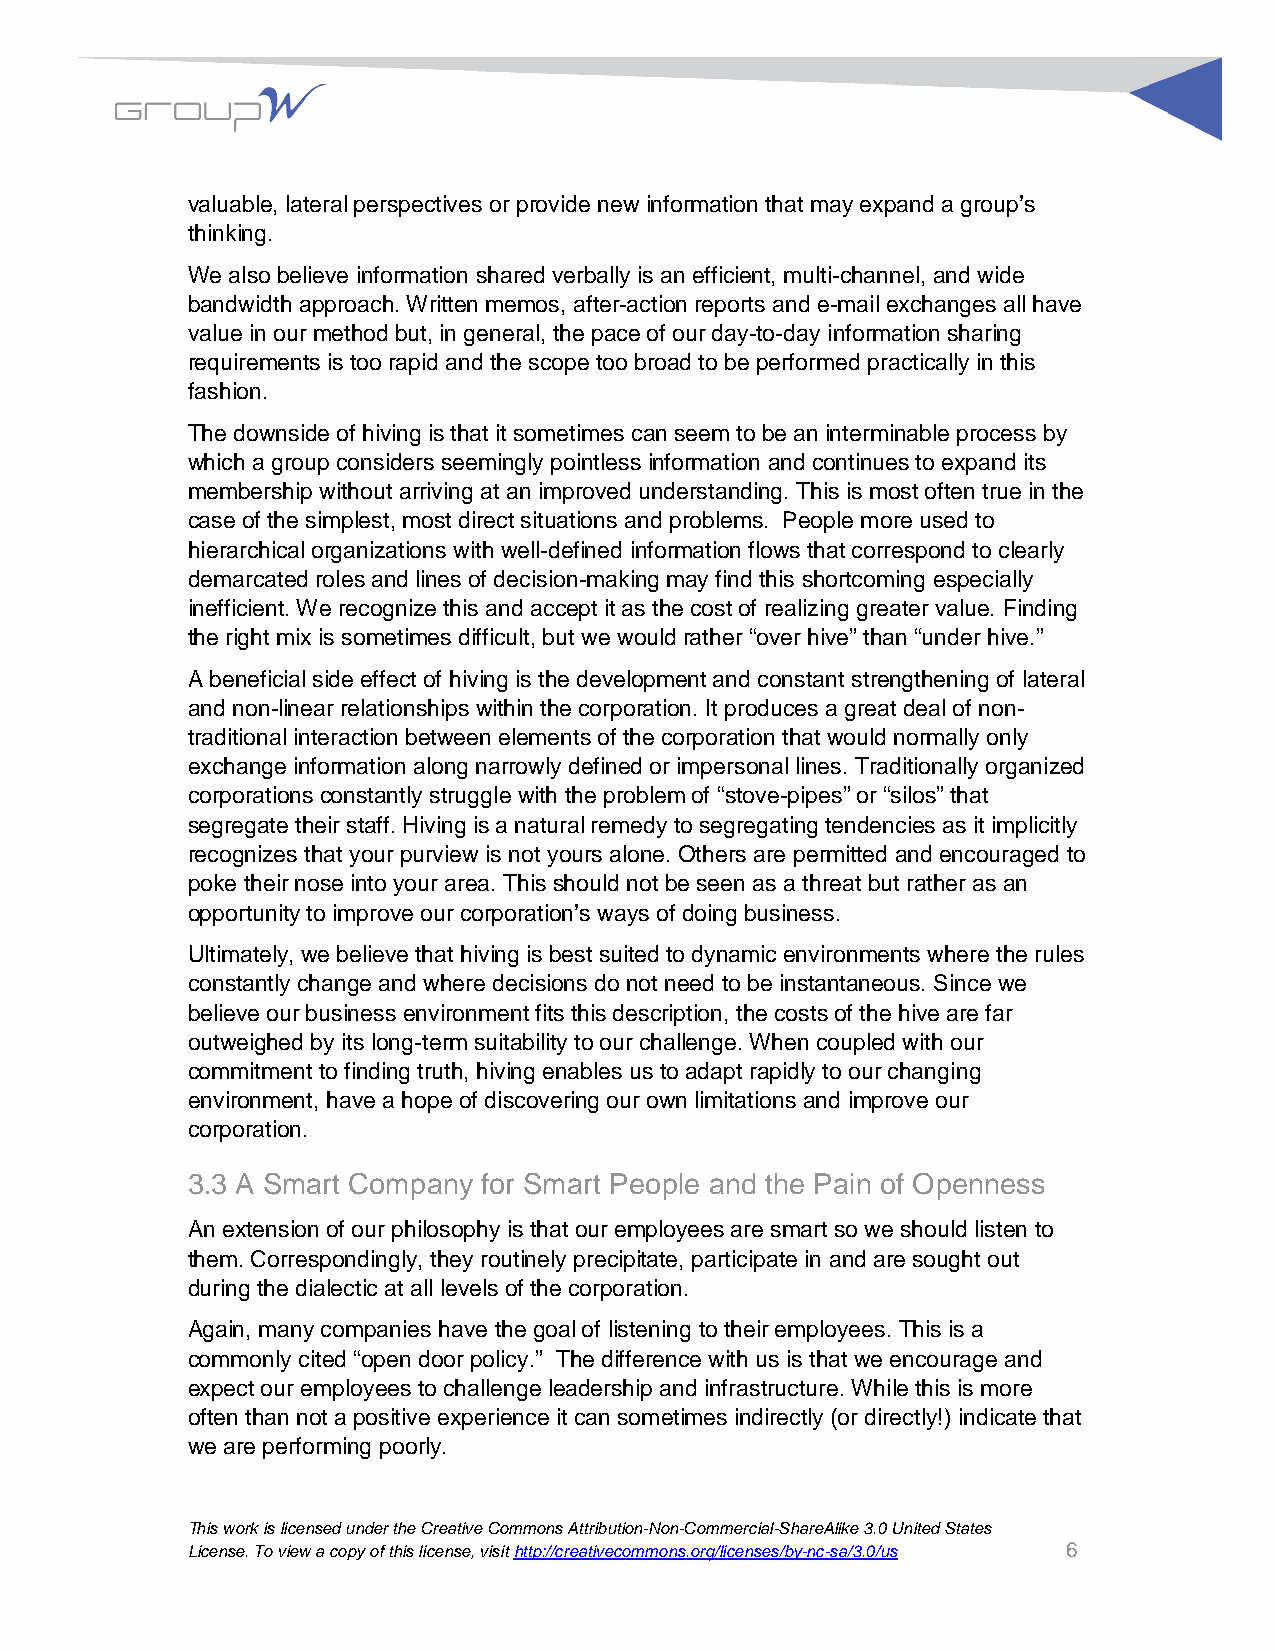
valuable, lateral perspectives or provide new information that may expand a group’s
 thinking.
 We also believe information shared verbally is an efficient, multi-channel, and wide
 bandwidth approach. Written memos, after-action reports and e-mail exchanges all have
 value in our method but, in general, the pace of our day-to-day information sharing
 requirements is too rapid and the scope too broad to be performed practically in this
 fashion.
 The downside of hiving is that it sometimes can seem to be an interminable process by
 which a group considers seemingly pointless information and continues to expand its
 membership without arriving at an improved understanding. This is most often true in the
 case of the simplest, most direct situations and problems. People more used to
 hierarchical organizations with well-defined information flows that correspond to clearly
 demarcated roles and lines of decision-making may find this shortcoming especially
 inefficient. We recognize this and accept it as the cost of realizing greater value. Finding
 the right mix is sometimes difficult, but we would rather “over hive” than “under hive.”
 A beneficial side effect of hiving is the development and constant strengthening of lateral
 and non-linear relationships within the corporation. It produces a great deal of non-
 traditional interaction between elements of the corporation that would normally only
 exchange information along narrowly defined or impersonal lines. Traditionally organized
 corporations constantly struggle with the problem of “stove-pipes” or “silos” that
 segregate their staff. Hiving is a natural remedy to segregating tendencies as it implicitly
 recognizes that your purview is not yours alone. Others are permitted and encouraged to
 poke their nose into your area. This should not be seen as a threat but rather as an
 opportunity to improve our corporation’s ways of doing business.
 Ultimately, we believe that hiving is best suited to dynamic environments where the rules
 constantly change and where decisions do not need to be instantaneous. Since we
 believe our business environment fits this description, the costs of the hive are far
 outweighed by its long-term suitability to our challenge. When coupled with our
 commitment to finding truth, hiving enables us to adapt rapidly to our changing
 environment, have a hope of discovering our own limitations and improve our
 corporation.
 3.3 A Smart Company for Smart People and the Pain of Openness
 An extension of our philosophy is that our employees are smart so we should listen to
 them. Correspondingly, they routinely precipitate, participate in and are sought out
 during the dialectic at all levels of the corporation.
 Again, many companies have the goal of listening to their employees. This is a
 commonly cited “open door policy.” The difference with us is that we encourage and
 expect our employees to challenge leadership and infrastructure. While this is more
 often than not a positive experience it can sometimes indirectly (or directly!) indicate that
 we are performing poorly.
 This work is licensed under the Creative Commons Attribution-Non-Commercial-ShareAlike 3.0 United States
 License. To view a copy of this license, visit http://creativecommons.org/licenses/by-nc-sa/3.0/us 6